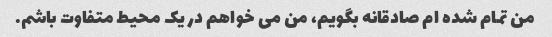
من تمام شده ام صادقانه بگویم، من می خواهم در یک محیط متفاوت باشم.